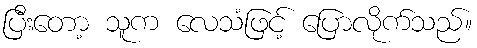
ပြီးတော့ သူက လေသံဖြင့် ပြောလိုက်သည်။